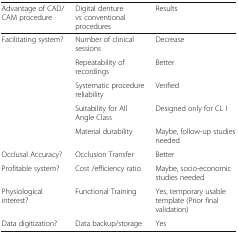
<table><thead><tr><td><b>Advantage of CAD/CAM procedure</b></td><td><b>Digital denture vs conventional procedures</b></td><td><b>Results</b></td></tr></thead><tbody><tr><td rowspan="5">Facilitating system?</td><td>Number of clinical sessions</td><td>Decrease</td></tr><tr><td>Repeatability of recordings</td><td>Better</td></tr><tr><td>Systematic procedure reliability</td><td>Verified</td></tr><tr><td>Suitability for All Angle Class</td><td>Designed only for CL I</td></tr><tr><td>Material durability</td><td>Maybe, follow-up studies needed</td></tr><tr><td>Occlusal Accuracy?</td><td>Occlusion Transfer</td><td>Better</td></tr><tr><td>Profitable system?</td><td>Cost /efficiency ratio</td><td>Maybe, socio-economic studies needed</td></tr><tr><td>Physiological interest?</td><td>Functional Training</td><td>Yes, temporary usable template (Prior final validation)</td></tr><tr><td>Data digitization?</td><td>Data backup/storage</td><td>Yes</td></tr></tbody></table>